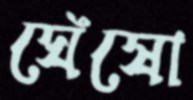
ঘেঁষো